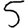
Digit: 5